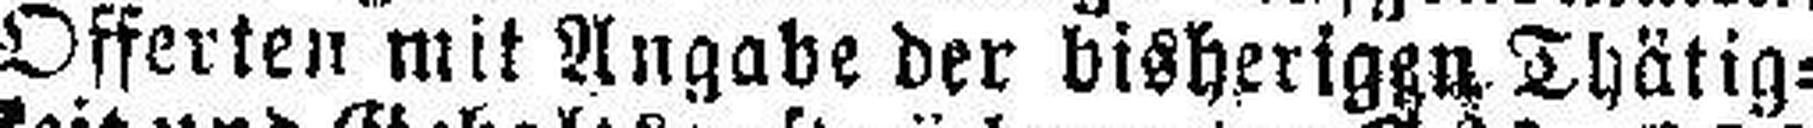
Offerten mit Angabe der bisherigen Thätig¬